Annual report on the lock hospitals of the Madras Presidency
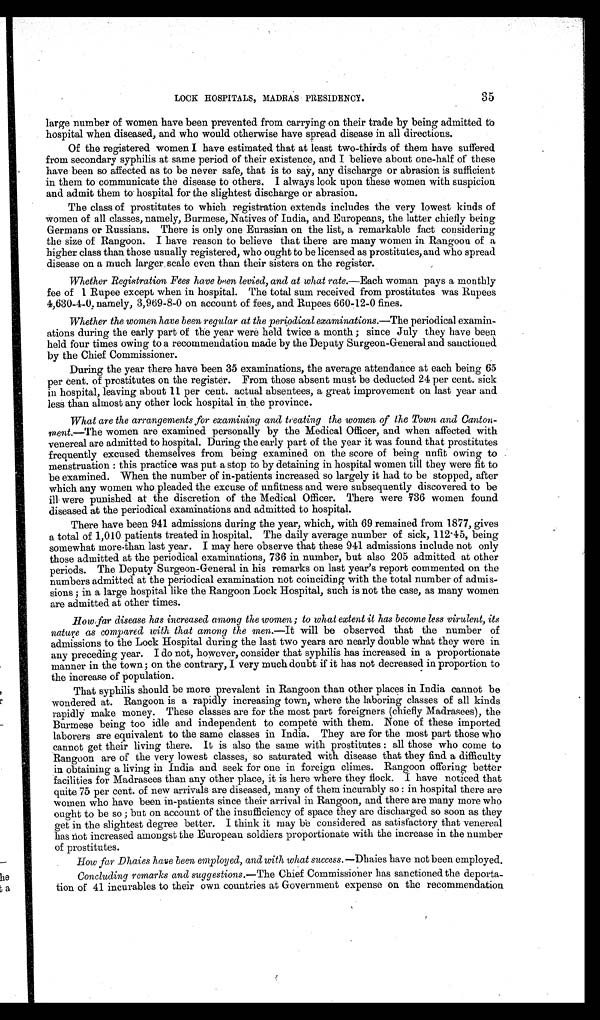
35
LOCK HOSPITALS, MADRAS PRESIDENCY.
large number of women have been prevented from carrying on their trade by being admitted to
hospital when diseased, and who would otherwise have spread disease in all directions.
Of the registered women I have estimated that at least two-thirds of them have suffered
from secondary syphilis at same period of their existence, and I believe about one-half of these
have been so affected as to be never safe, that is to say, any discharge or abrasion is sufficient
in them to communicate the disease to others. I always look upon these women with suspicion
and admit them to hospital for the slightest discharge or abrasion.
The class of prostitutes to which registration extends includes the very lowest kinds of
women of all classes, namely, Burmese, Natives of India, and Europeans, the latter chiefly being
Germans or Russians. There is only one Eurasian on the list, a remarkable fact considering
the size of Rangoon. I have reason to believe that there are many women in Rangoon of a
higher class than those usually registered, who ought to be licensed as prostitutes, and who spread
disease on a much larger scale even than their sisters on the register.
Whether Registration Fees have been levied, and at what rate. —Each woman pays a monthly
fee of 1 Rupee except when in hospital. The total sum received from prostitutes was Rupees
4,630-4-0, namely, 3,969-8-0 on account of fees, and Rupees 660-12-0 fines.
Whether the women have been regular at the periodical examinations.—The periodical examin-
ations during the early part of the year were held twice a month ; since July they have been
held four times owing to a recommendation made by the Deputy Surgeon-General and sanctioned
by the Chief Commissioner.
During the year there have been 35 examinations, the average attendance at each being 65
per cent. of prostitutes on the register. From those absent must be deducted 24 per cent. sick
in hospital, leaving about 11 per cent. actual absentees, a great improvement on last year and
less than almost any other lock hospital in the province.
What are the arrangements for examining and treating the women of the Town and Canton-
ment.—The women are examined personally by the Medical Officer, and when affected with
venereal are admitted to hospital. During the early part of the year it was found that prostitutes
frequently excused themselves from being examined on the score of being unfit owing to
menstruation : this practice was put a stop to by detaining in hospital women till they were fit to
be examined. When the number of in-patients increased so largely it had to be stopped, after
which any women who pleaded the excuse of unfitness and were subsequently discovered to be
ill were punished at the discretion of the Medical Officer. There were 736 women found
diseased at the periodical examinations and admitted to hospital.
There have been 941 admissions during the year, which, with 69 remained from 1877, gives
a total of 1,010 patients treated in hospital. The daily average number of sick, 112.15, being
somewhat more-than last year. I may here observe that these 941 admissions include not only
those admitted at the periodical examinations, 736 in number, but also 205 admitted at other
periods. The Deputy Surgeon-General in his remarks on last year's report commented on the
numbers admitted at the periodical examination not coinciding with the total number of admis-
sions ; in a large hospital like the Rangoon Lock Hospital, such is not the case, as many women
are admitted at other times.
How far disease has increased among the women; to what extent it has become less virulent, its
nature as compared with that among the men. —It will be observed that the number of
admissions to the Lock Hospital during the last two years are nearly double what they were in
any preceding year. I do not, however, consider that syphilis has increased in a proportionate
manner in the town; on the contrary, I very much doubt if it has not decreased in proportion to
the increase of population.
That syphilis should be more prevalent in Rangoon than other places in India cannot be
wondered at. Rangoon is a rapidly increasing town, where the laboring classes of all kinds
rapidly make money. These classes are for the most part foreigners (chiefly Madrasees), the
Burmese being too idle and independent to compete with them. None of these imported
laborers are equivalent to the same classes in India. They are for the most part those who
cannot get their living there. It is also the same with prostitutes : all those who come to
Rangoon are of the very lowest classes, so saturated with disease that they find a difficulty
in obtaining a living in India and seek for one in foreign climes. Rangoon offering better
facilities for Madrasees than any other place, it is here where they flock. I have noticed that
quite 75 per cent. of new arrivals are diseased, many of them incurably so : in hospital there are
women who have been in-patients since their arrival in Rangoon, and there are many more who
ought to be so ; but on account of the insufficiency of space they are discharged so soon as they
get in the slightest degree better. I think it may be considered as satisfactory that venereal
has hot increased amongst the European soldiers proportionate with the increase in the number
of prostitutes.
How far Dhaies have been employed, and with what success. —Dhaies have not been employed.
Concluding remarks and suggestions.— The Chief Commissioner has sanctioned the deporta-
tion of 41 incurables to their own countries at Government expense on the recommendation